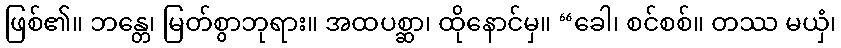
ဖြစ်၏။ ဘန္တေ၊ မြတ်စွာဘုရား။ အထပစ္ဆာ၊ ထိုနောင်မှ။ “ခေါ၊ စင်စစ်။ တဿ မယှံ၊